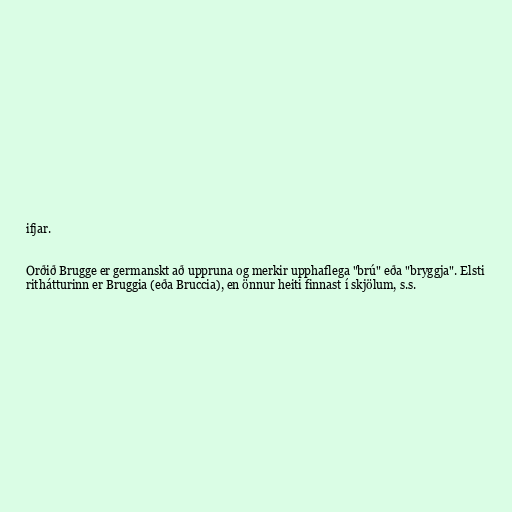
ifjar.

Orðið Brugge er germanskt að uppruna og merkir upphaflega "brú" eða "bryggja". Elsti
rithátturinn er Bruggia (eða Bruccia), en önnur heiti finnast í skjölum, s.s.